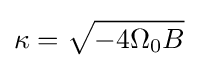
\kappa ={\sqrt {-4\Omega _{0}B}}